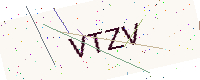
Text: VTZV